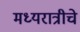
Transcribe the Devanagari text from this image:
मध्यरात्रीचे